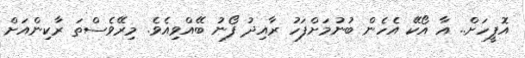
އޮފީހަށް.. އާ އޯކޭ އެހެން ބުނުމަށްފަހު ރާއިދު ފޯނު ބޭއްވިއެވެ. މިރޭވެސްތަ ރާކިންއަށް